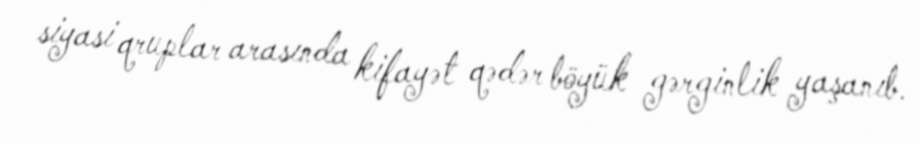
siyasi qruplar arasında kifayət qədər böyük gərginlik yaşanıb.